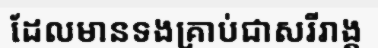
ដែលមានទងគ្រាប់ជាសរីរាង្គ